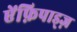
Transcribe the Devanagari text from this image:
ऐंफ़िपाड्ज़